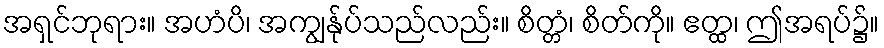
အရှင်ဘုရား။ အဟံပိ၊ အကျွန်ုပ်သည်လည်း။ စိတ္တံ၊ စိတ်ကို။ ဧတ္ထ၊ ဤအရပ်၌။